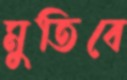
মুতিবে